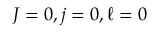
J = 0 , j = 0 , \ell = 0